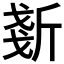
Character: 𣂧